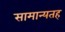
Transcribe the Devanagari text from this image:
सामान्यतह